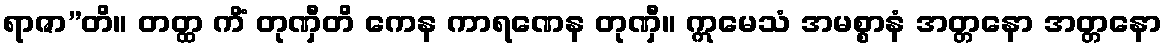
ရာဇာ”တိ။ တတ္ထ ကိံ တုဏှီတိ ကေန ကာရဏေန တုဏှီ။ ဣမေသံ အမစ္စာနံ အတ္တနော အတ္တနော